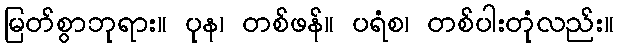
မြတ်စွာဘုရား။ ပုန၊ တစ်ဖန်။ ပရံစ၊ တစ်ပါးတုံလည်း။